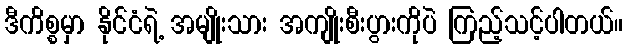
ဒီကိစ္စမှာ နိုင်ငံရဲ့ အမျိုးသား အကျိုးစီးပွားကိုပဲ ကြည့်သင့်ပါတယ်။